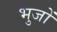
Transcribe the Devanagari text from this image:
भुजों